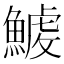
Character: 𩺇